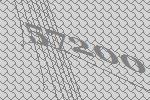
57200